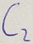
Text: C2